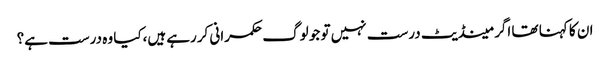
ان کا کہنا تھا اگر مینڈیٹ درست نہیں تو جو لوگ حکمرانی کررہے ہیں،کیا وہ درست ہے؟